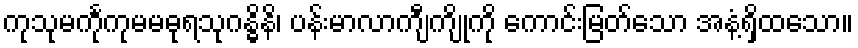
ကုသုမင်္ကုကုမမဓုရသုဂန္ဓိနိ၊ ပန်းမာလာကျီကျိုကို ကောင်းမြတ်သော အနံ့ရှိထသော။